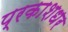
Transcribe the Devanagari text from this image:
प्रकाशधर